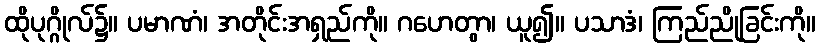
ထိုပုဂ္ဂိုလ်၌။ ပမာဏံ၊ အတိုင်းအရှည်ကို။ ဂဟေတွာ၊ ယူ၍။ ပသာဒံ၊ ကြည်ညိုခြင်းကို။